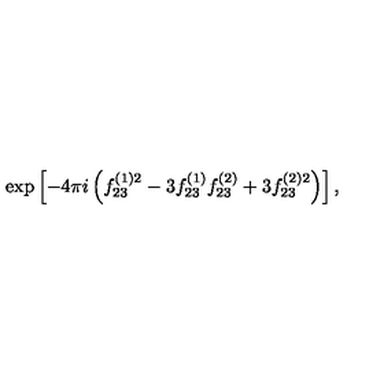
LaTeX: \exp \left[ - 4 \pi i \left( f _ { 2 3 } ^ { ( 1 ) 2 } - 3 f _ { 2 3 } ^ { ( 1 ) } f _ { 2 3 } ^ { ( 2 ) } + 3 f _ { 2 3 } ^ { ( 2 ) 2 } \right) \right] ,